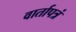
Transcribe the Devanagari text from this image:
वार्तापत्रं